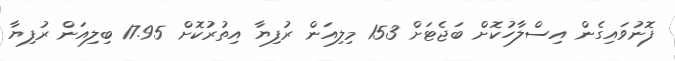
ފޮނުވައިގެން އިސްލާހުކޮށް ބަޖެޓަށް 153 މިލިއަން ރުފިޔާ އިތުރުކޮށް 17.95 ބިލިއަން ރުފިޔާ